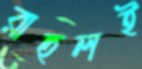
রাহুলই